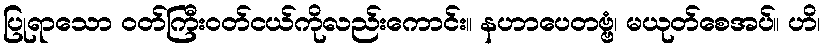
ပြုရာသော ဝတ်ကြီးဝတ်ငယ်ကိုလည်းကောင်း။ နဟာပေတဗ္ဗံ၊ မယုတ်စေအပ်။ ဟိ၊